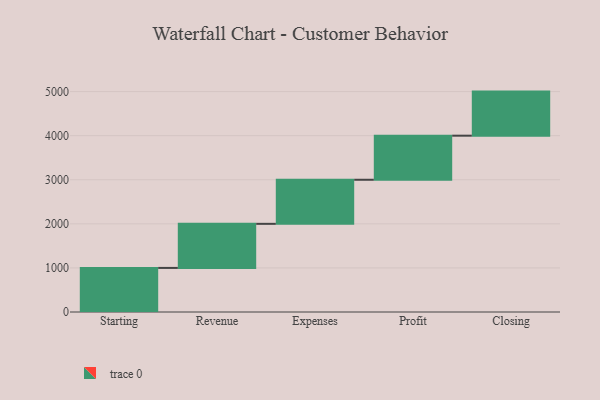
{"axis": {"x": "Step", "y": "Value"}, "legend": [""], "data": [{"x": "Starting", "y": 1000, "type": ""}, {"x": "Revenue", "y": 1000, "type": ""}, {"x": "Expenses", "y": 1000, "type": ""}, {"x": "Profit", "y": 1000, "type": ""}, {"x": "Closing", "y": 1000, "type": ""}]}